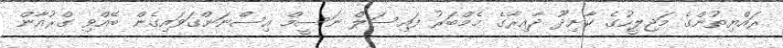
ރައްޔިތުންގެ މަޖިލީހުގެ ކާށިދޫ ދާއިރާގެ މެމްބަރު ފައިސަލް ނަސީމް އިސްނަންގަވައިގެން ބޭއްވި ގްރުއާން